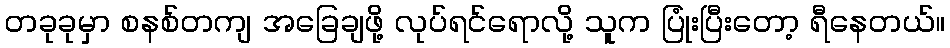
တခုခုမှာ စနစ်တကျ အခြေချဖို့ လုပ်ရင်ရောလို့ သူက ပြုံးပြီးတော့ ရီနေတယ်။